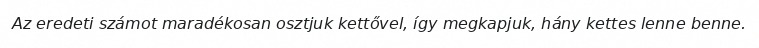
Az eredeti számot maradékosan osztjuk kettővel, így megkapjuk, hány kettes lenne benne.